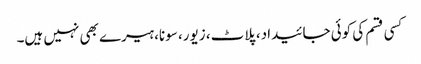
کسی قسم کی کوئی جائیداد، پلاٹ، زیور، سونا، ہیرے بھی نہیں ہیں۔